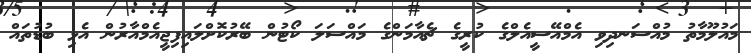
މައުލޫމާތު މުއްސަނދިވި އެމްއޭސީއެލްގެ ކުރީގެ ޗެއާމަންގެ މައްސަލަ ކޯޓުން ބޭރުކޮށްލައިފިޖީއެމްއާރުން އެޅި ބުޑުތައް